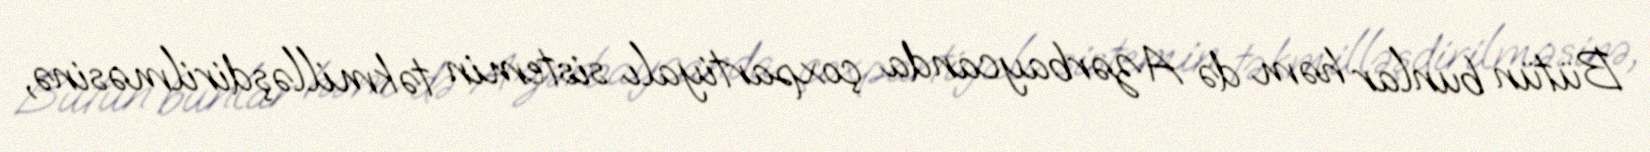
Bütün bunlar həm də Azərbaycanda çoxpartiyalı sistemin təkmilləşdirilməsinə,